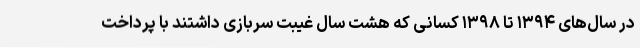
در سال‌های ۱۳۹۴ تا ۱۳۹۸ کسانی که هشت سال غیبت سربازی داشتند با پرداخت